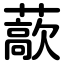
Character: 藃